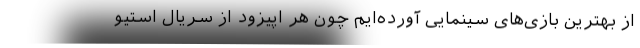
از بهترین بازی‌های سینمایی آورده‌ایم چون هر اپیزود از سریال استیو